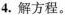
4.解方程。